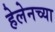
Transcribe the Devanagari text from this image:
हेलेनच्या